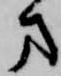
方